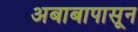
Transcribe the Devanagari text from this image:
अबाबापासून